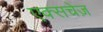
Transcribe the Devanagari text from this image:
एक्सचेज़